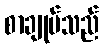
စာချုပ်သည်